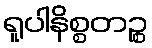
ရူပါနိစ္စတဉ္စ